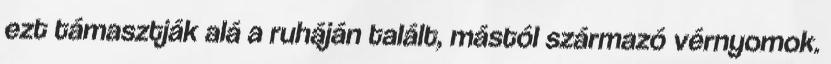
ezt támasztják alá a ruháján talált, mástól származó vérnyomok.